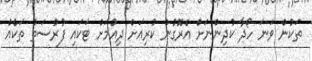
ތަކުން ވަނަ ހޯދާ ކުދިންނަށް އެރޮގުން ކުރިއަށް ދިއުމަށް ޓަކައި ފުރުސަތު ތަކެއް